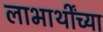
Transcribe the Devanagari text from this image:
लाभार्थींच्या